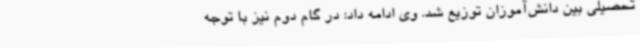
تحصیلی بین دانش‌آموزان توزیع شد. وی ادامه داد: در گام دوم نیز با توجه